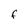
Character: F